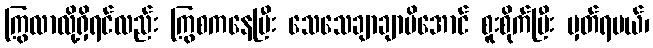
ကြွလာလို့ရှိရင်လည်း ကြွစကနေပြီး သေသေချာချာမိအောင် စူးစိုက်ပြီး မှတ်ရမယ်၊